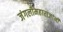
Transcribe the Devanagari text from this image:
जंगलीमहाराजांनी